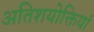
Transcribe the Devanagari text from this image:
अतिशयोक्तियां